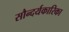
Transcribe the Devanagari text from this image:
सौन्दर्यकारिका